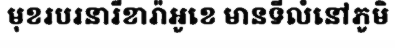
មុខរបរនារីខារ៉ាអូខេ មានទីលំនៅភូមិ